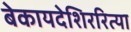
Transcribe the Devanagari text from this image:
बेकायदेशिररित्या